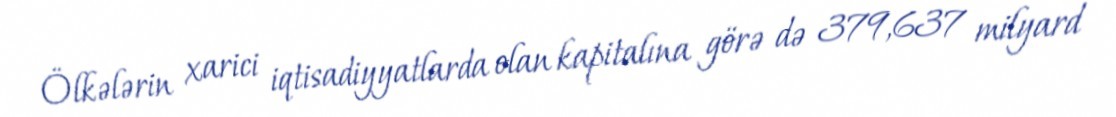
Ölkələrin xarici iqtisadiyyatlarda olan kapitalına görə də 379,637 milyard